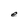
Character: e